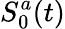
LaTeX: S_{0}^{a}(t)